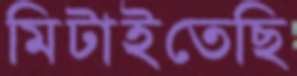
মিটাইতেছি